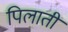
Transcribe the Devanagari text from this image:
पिलातीं